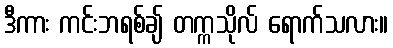
ဒီကား ကင်းဘရစ်ချ် တက္ကသိုလ် ရောက်သလား။